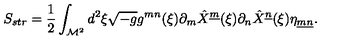
S _ { s t r } = { \frac { 1 } { 2 } } \int _ { { \cal M } ^ { 2 } } d ^ { 2 } \xi \sqrt { - g } g ^ { m n } ( \xi ) \partial _ { m } \hat { X } ^ { \underline { { m } } } ( \xi ) \partial _ { n } \hat { X } ^ { \underline { { n } } } ( \xi ) \eta _ { \underline { { m } } \underline { { n } } } .